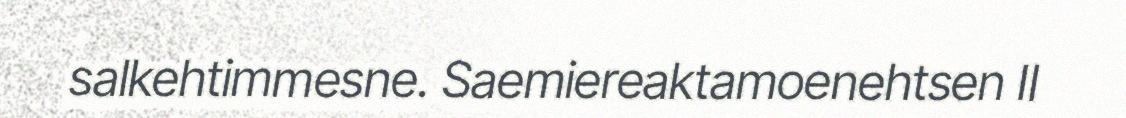
salkehtimmesne. Saemiereaktamoenehtsen II